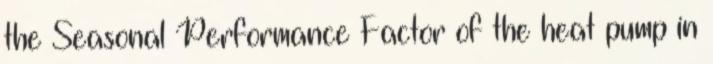
the Seasonal Performance Factor of the heat pump in